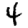
Digit: 4